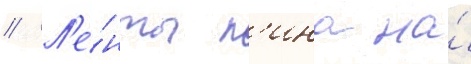
// Л'е́нты л'ина на́